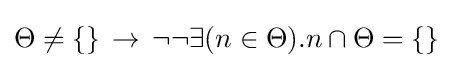
\Theta \neq \{\}\,\to \,\neg \neg \exists (n\in \Theta ).n\cap \Theta =\{\}